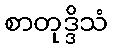
စာတုဒ္ဒိသံ